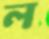
ল